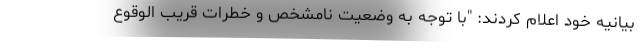
بیانیه خود اعلام کردند: "با توجه به وضعیت نامشخص و خطرات قریب الوقوع